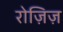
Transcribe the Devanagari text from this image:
रोज़िज़